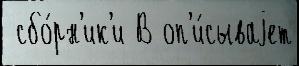
 сбо́рн'ик'и В оп'и́сываjет